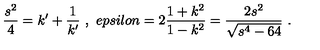
\frac { s ^ { 2 } } { 4 } = k ^ { \prime } + \frac { 1 } { k ^ { \prime } } \ , \ e p s i l o n = 2 \frac { 1 + k ^ { 2 } } { 1 - k ^ { 2 } } = \frac { 2 s ^ { 2 } } { \sqrt { s ^ { 4 } - 6 4 } } \ .